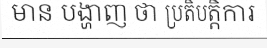
មាន បង្ហាញ ថា ប្រតិបត្តិការ